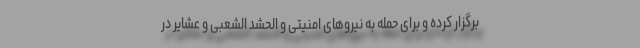
برگزار کرده و برای حمله به نیروهای امنیتی و الحشد الشعبی و عشایر در